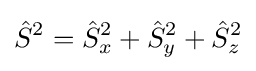
{\hat {S}}^{2}={\hat {S}}_{x}^{2}+{\hat {S}}_{y}^{2}+{\hat {S}}_{z}^{2}